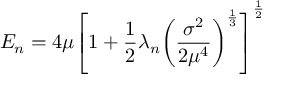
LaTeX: E _ { n } = 4 \mu { \left[ 1 + \frac { 1 } { 2 } \lambda _ { n } { \left( \frac { \sigma ^ { 2 } } { 2 \mu ^ { 4 } } \right) } ^ { \frac { 1 } { 3 } } \right] } ^ { \frac { 1 } { 2 } }